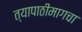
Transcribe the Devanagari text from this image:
त्यापाठीमागचा